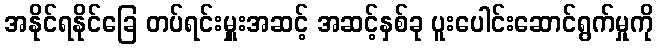
အနိုင်ရနိုင်ခြေ တပ်ရင်းမှူးအဆင့် အဆင့်နှစ်ခု ပူးပေါင်းဆောင်ရွက်မှုကို